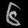
Digit: ၆